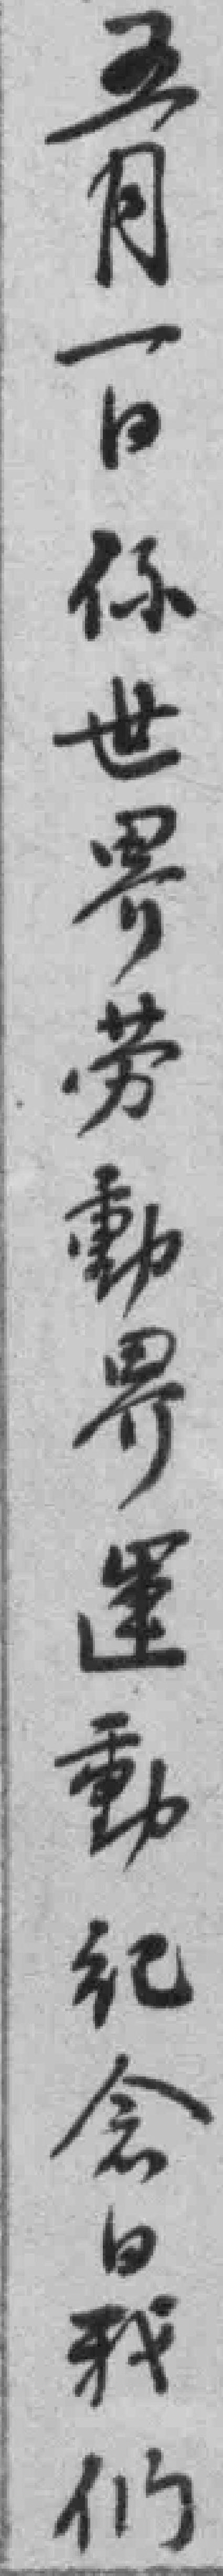
五月一日係世界勞動界運動纪念日我们